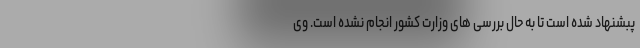
پبشنهاد شده است تا به حال بررسی های وزارت کشور انجام نشده است. وی